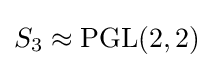
S_{3}\approx \mathrm {PGL} (2,2)